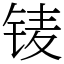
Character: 鿏